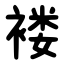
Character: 褛